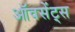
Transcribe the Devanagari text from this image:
ऑवसेंट्स